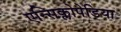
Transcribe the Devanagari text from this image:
एन्सिक्लोपेडिया